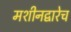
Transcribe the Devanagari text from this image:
मशीनद्वारेच